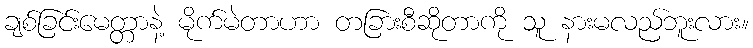
ချစ်ခြင်းမေတ္တာနဲ့ မိုက်မဲတာဟာ တခြားစီဆိုတာကို သူ နားမလည်ဘူးလား။